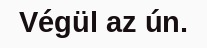
Végül az ún.